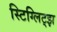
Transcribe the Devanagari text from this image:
स्टिग्लिट्झ